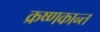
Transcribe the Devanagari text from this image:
क्रष्णकान्त